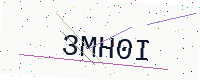
Text: 3MH0I